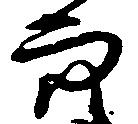
穴